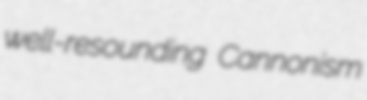
well-resounding Cannonism